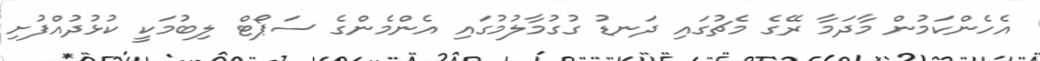
އެހެންކަމުން މާދަމާ ރޭގެ މެޗުގައި ދަނޑު ގުގުމާލުމުގައި އެންމެންގެ ސަޕޯޓް ލިބުމަކީ ކުޅުދުއްފުށި